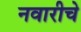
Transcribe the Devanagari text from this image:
नवारीचे